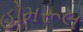
હોમરૂલ